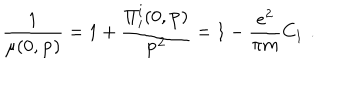
LaTeX: \frac { 1 } { \mu ( 0 , { \bf p } ) } = 1 + \frac { \Pi _ { i } ^ { i } ( 0 , { \bf p } ) } { { \bf p ^ { 2 } } } = 1 - \frac { e ^ { 2 } } { \pi m } C _ { 1 } \, \, .